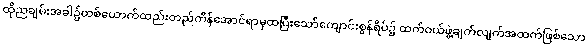
ထိုညချမ်းအခါ၌တစ်ယောက်ထည်းတည်ကိန်အောင်ရာမှထပြီးသော်ကျောင်းစွန်ရိပ်၌ ထက်ဝယ်ဖွဲ့ချက်လျက်အထက်ဖြစ်သော